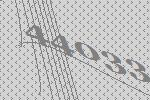
44033